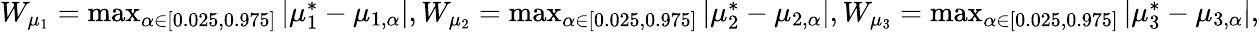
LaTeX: \begin{array}{r}{W_{\mu_{1}}=\operatorname*{max}_{\alpha\in[0.025,0.975]}|\mu_{1}^{*}-\mu_{1,\alpha}|,W_{\mu_{2}}=\operatorname*{max}_{\alpha\in[0.025,0.975]}|\mu_{2}^{*}-\mu_{2,\alpha}|,W_{\mu_{3}}=\operatorname*{max}_{\alpha\in[0.025,0.975]}|\mu_{3}^{*}-\mu_{3,\alpha}|,}\end{array}